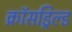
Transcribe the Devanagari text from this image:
क्रॉसड्रिल्ड